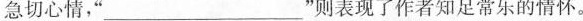
急切心情，” ___”则表现了作者知足常乐的情怀。